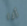
أنا